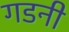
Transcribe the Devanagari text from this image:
गडनी